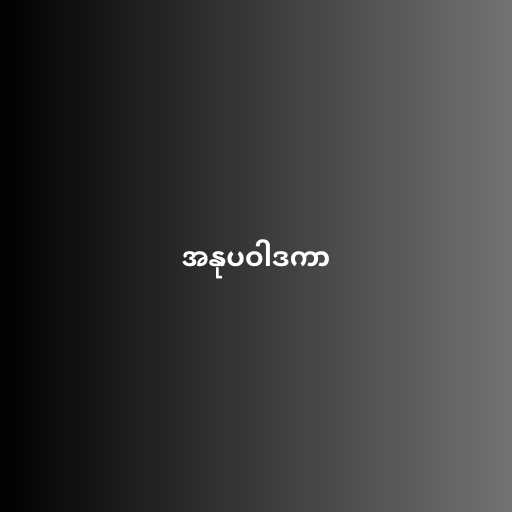
အနုပဝါဒကာ